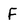
Character: F